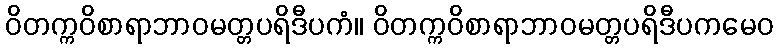
ဝိတက္ကဝိစာရာဘာဝမတ္တပရိဒီပကံ။ ဝိတက္ကဝိစာရာဘာဝမတ္တပရိဒီပကမေဝ